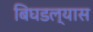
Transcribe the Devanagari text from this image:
बिघडल्यास